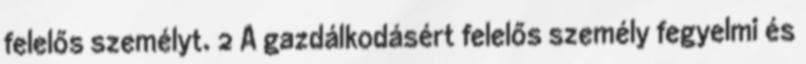
felelős személyt. 2 A gazdálkodásért felelős személy fegyelmi és